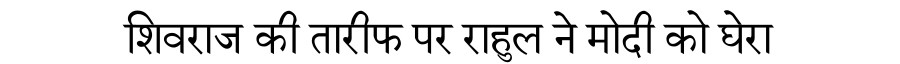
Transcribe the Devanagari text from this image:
शिवराज की तारीफ पर राहुल ने मोदी को घेरा